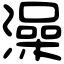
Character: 澡